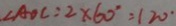
\angle A O C = 2 \times 6 0 ^ { \circ } = 1 2 0 ^ { \circ }